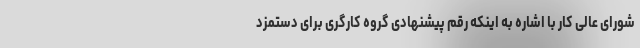
شورای ‌عالی کار با اشاره به اینکه رقم پیشنهادی گروه کارگری برای دستمزد